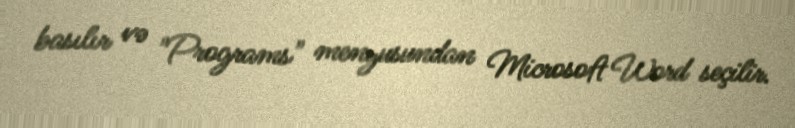
basılır və "Programs" menyusundan Microsoft Word seçilir.